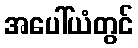
အပေါ်ယံတွင်